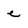
Character: e